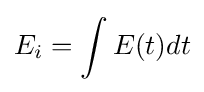
E_{i}=\int E(t)dt